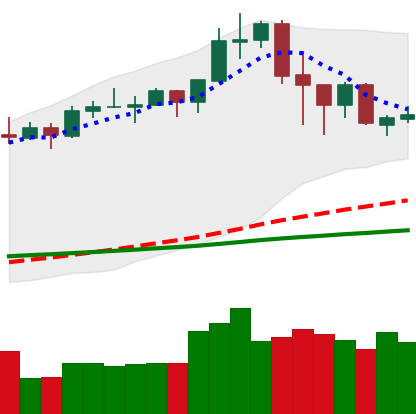
Ticker: ADA-USD
Chart end date: 2020-02-21
Forward return: -15.667%
Label: down_7plus